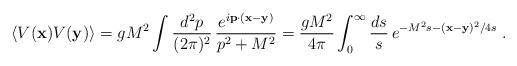
LaTeX: \begin{align*}\langle V({\bf x})V({\bf y})\rangle=gM^2\int\frac{d^2p}{(2\pi)^2}\,\frac{e^{i{\bf p}\cdot({\bf x}-{\bf y})}}{p^2+M^2}=\frac{gM^2}{4\pi}\int_0^{\infty}\frac{ds}{s}\,e^{-M^2s-({\bf x}-{\bf y})^2/4s} \; .\end{align*}